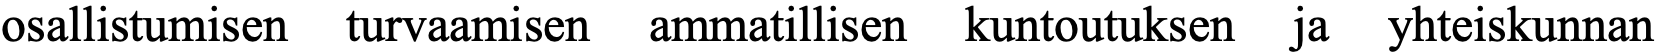
osallistumisen turvaamisen ammatillisen kuntoutuksen ja yhteiskunnan